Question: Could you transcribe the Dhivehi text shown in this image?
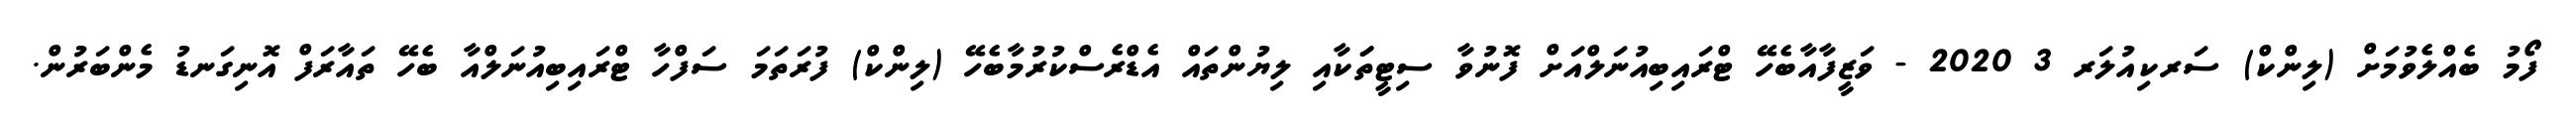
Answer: ފޯމު ބެއްލެވުމަށް (ލިންކް) ސަރކިއުލަރ 3 2020 - ވަޒީފާއާބެހޭ ޓްރައިބިއުނަލްއަށް ފޮނުވާ ސިޓީތަަކާއި ލިޔުންތައް އެޑްރެސްކުރުމާބެހޭ (ލިންކް) ފުރަތަމަ ސަފްހާ ޓްރައިބިއުނަލްއާ ބެހޭ ތައާރަފް އޮނިގަނޑު މެންބަރުން.